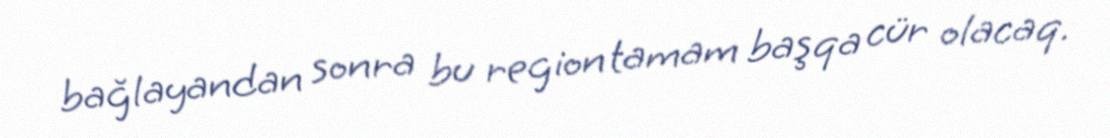
bağlayandan sonra bu region tamam başqa cür olacaq.